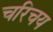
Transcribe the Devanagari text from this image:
चरिचय